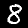
Label: 8